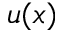
u ( x )